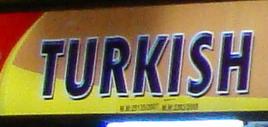
turkish